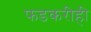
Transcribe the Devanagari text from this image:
फडकरीही